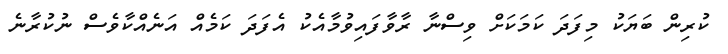
ކުރިން ބަޔަކު މިފަދަ ކަމަކަށް ވިސްނާ ރާވާފައިވުމާއެކު އެފަދަ ކަމެއް އަނެއްކާވެސް ނުކުރާނެ